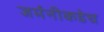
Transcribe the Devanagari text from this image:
जर्मनीकडेच